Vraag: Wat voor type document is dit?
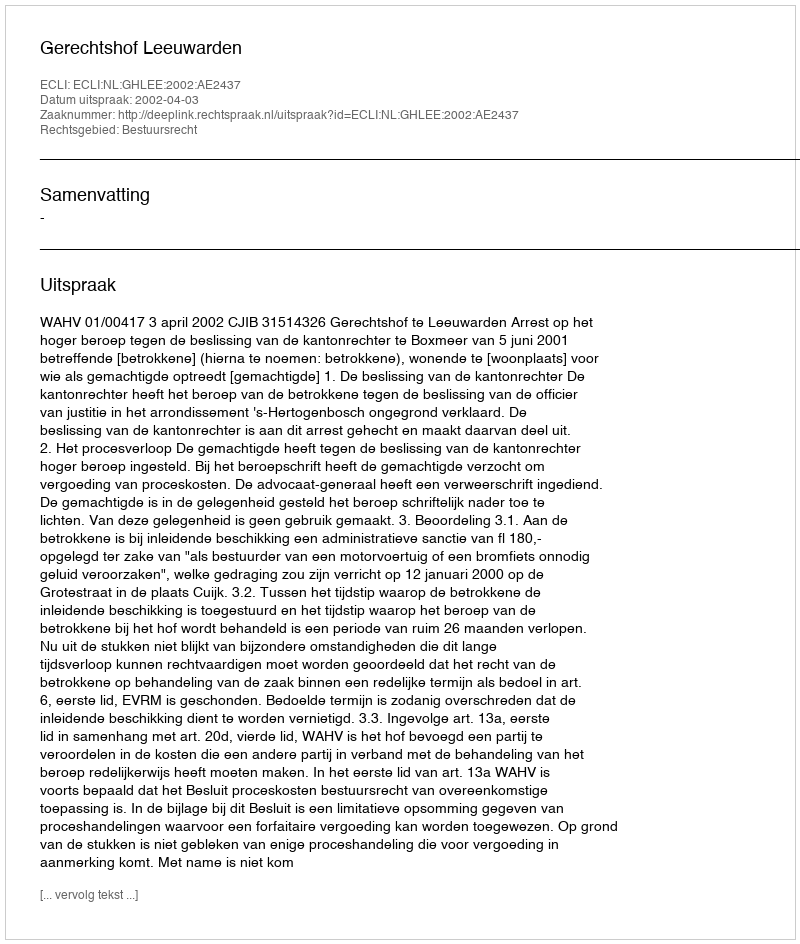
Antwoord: Uitspraak